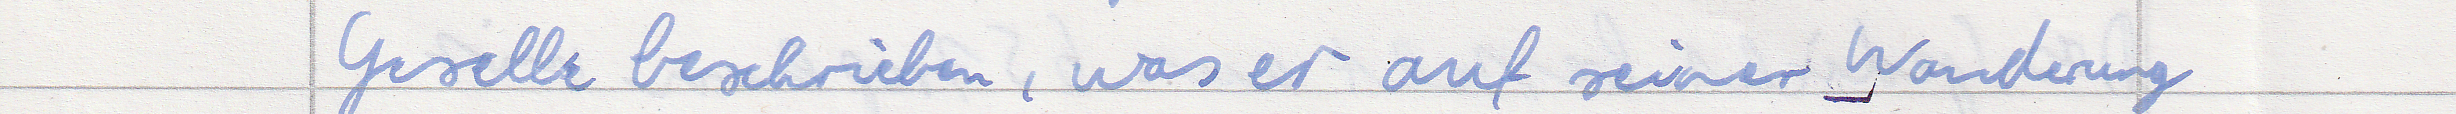
Geselle beschrieben, was er auf seiner Wanderung